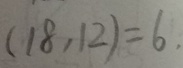
( 1 8 , 1 2 ) = 6 .